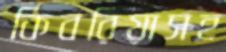
কিবরিয়াসহ